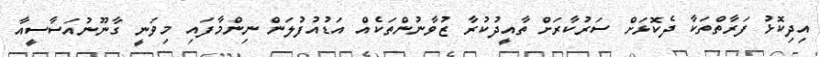
އިދިކޮޅު ފަރާތްތަކާ ދެކޮޅަށް ސަރުކާރަށް ތާއީދުކުރާ ޒުވާނުންތަކެއް އަޑުއުފުލަން ނިންމާފައި މިވަނީ ގާނޫނުއަސާސީއާ